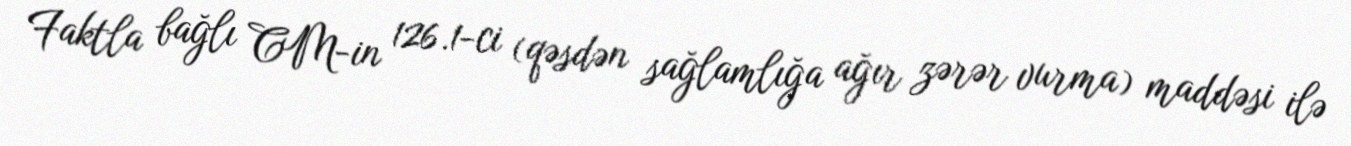
Faktla bağlı CM-in 126.1-ci (qəsdən sağlamlığa ağır zərər vurma) maddəsi ilə